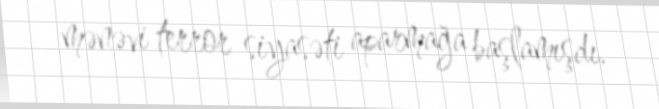
mənəvi terror siyasəti aparmağa başlamışdı.